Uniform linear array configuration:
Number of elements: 24
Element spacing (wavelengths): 0.75
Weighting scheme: cosine
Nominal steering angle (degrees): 45
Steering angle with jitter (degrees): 45.787
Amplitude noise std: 0.05
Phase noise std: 0.05

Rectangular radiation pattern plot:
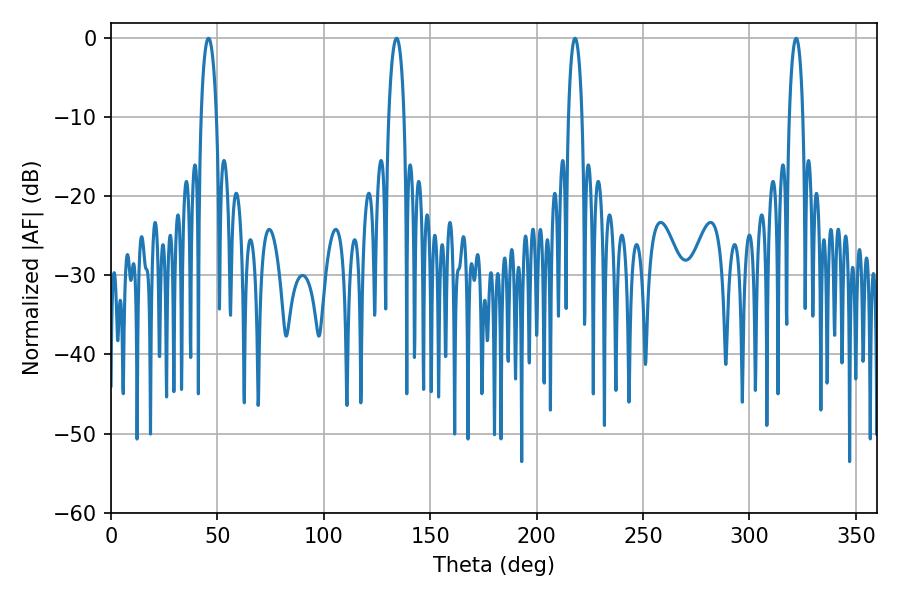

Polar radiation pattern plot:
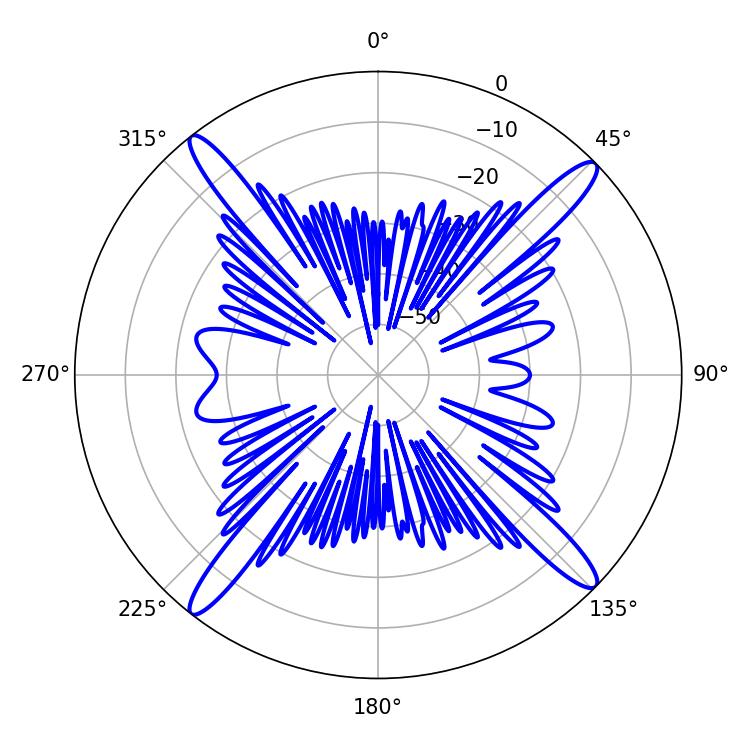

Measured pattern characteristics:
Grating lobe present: TRUE
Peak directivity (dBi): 18.839
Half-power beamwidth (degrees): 3.42
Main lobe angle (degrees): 217.98